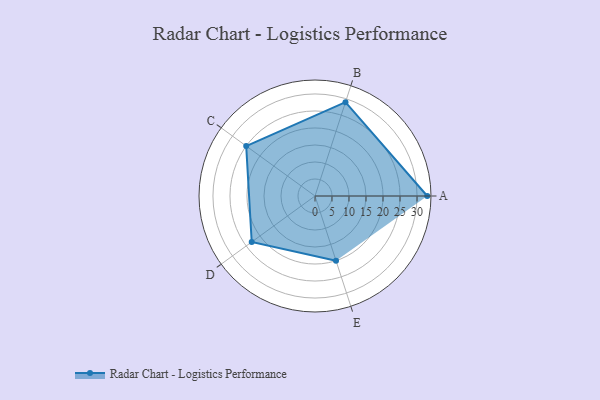
{"axis": {"x": "Skill", "y": "Score"}, "legend": ["Profile"], "data": [{"x": "A", "y": 33.0, "type": "Profile"}, {"x": "B", "y": 29.0, "type": "Profile"}, {"x": "C", "y": 25.0, "type": "Profile"}, {"x": "D", "y": 23.0, "type": "Profile"}, {"x": "E", "y": 20.0, "type": "Profile"}]}